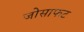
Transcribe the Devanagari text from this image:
जोसाफट